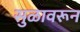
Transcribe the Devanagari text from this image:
सुळावरून